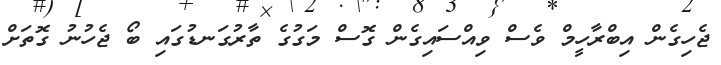
ޖެހިގެން އިބްރާހީމް ވެސް ވިއްސައިގެން ގޮސް މަގުގެ ތާރުގަނޑުގައި ބޯ ޖެހުނު ގޮތަށް